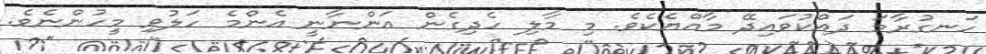
ހަނގުރާމަ ދައްކުވައިދޭ މާއްޔެކެވެ. މި މާލި ހެދިގެން އަންނާނީ އެންމެ ހަލުވި މީހުންނެވެ.